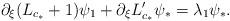
LaTeX: \begin{align*}\partial_{\xi} (L_{c_*} + 1) \psi_1 + \partial_{\xi} L_{c_*}' \psi_* = \lambda_1 \psi_*.\end{align*}